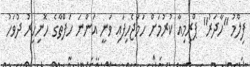
ފިލްމު "ހާދަރު" ޕްރިމިއާ ކުރުމަށް ހަމަޖެހިފައި ވަނީ އަންނަ ހަފްތާގެ ހޮނިހިރު ދުވަހު